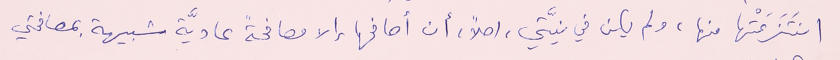
انتَزَعَتْها منها، ولم يكن في نيَّتي، اصلاً، أن أصافحها إلا مصافحةً عاديَّة شبيهة بمصافحتي